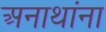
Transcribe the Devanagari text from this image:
अनाथांना